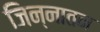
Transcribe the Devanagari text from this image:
जिन्नातन